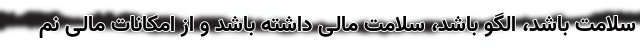
سلامت باشد، الگو باشد، سلامت مالی داشته باشد و از امکانات مالی نم